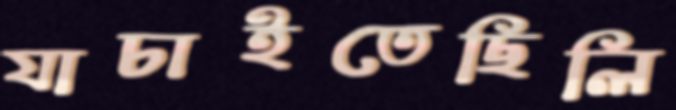
যাচাইতেছিলি